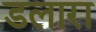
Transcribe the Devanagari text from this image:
डलारा